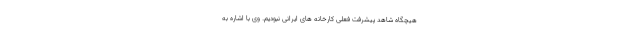
هیچگاه شاهد پیشرفت فعلی کارخانه های ایرانی نبودیم. وی با اشاره به